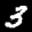
Digit: 3